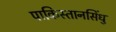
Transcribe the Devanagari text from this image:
पाकिस्तानसिंधु